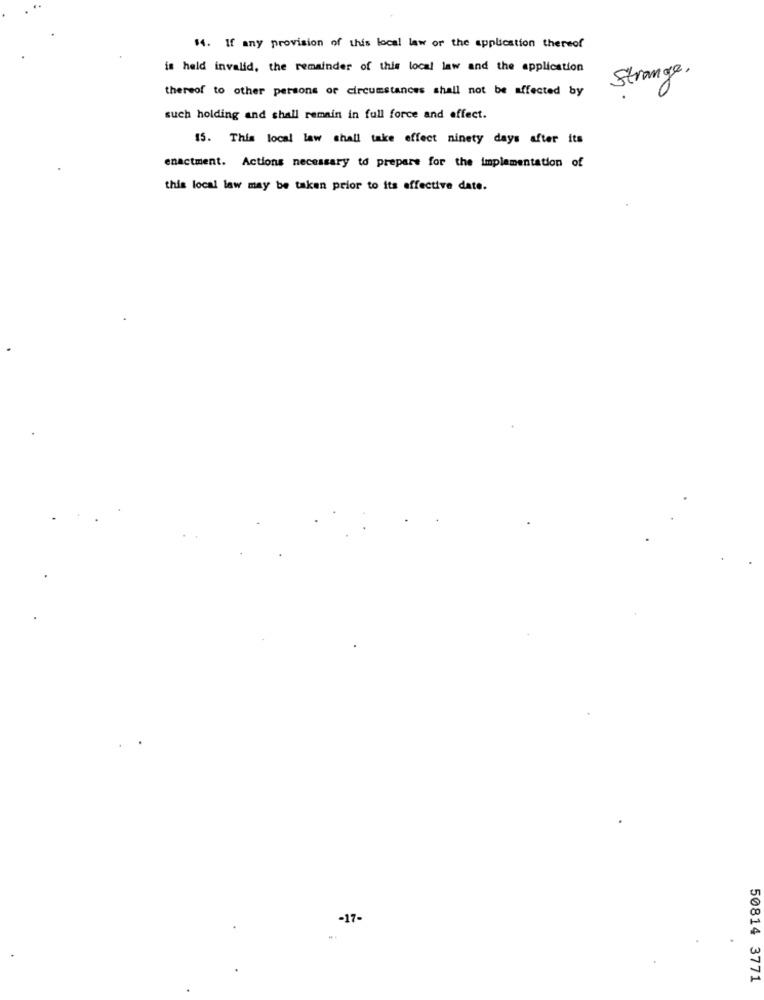
14. If any provision of this local law or the application thereof
is held invalid, the remainder of this local law and the application
Strange,
thereof to other persons or circumstances shall not be affected by
such holding and shall remain in full force and effect.
15. This local law shall take effect ninety days after its
enactment. Actions necessary to prepare for the implementation of
this local law may be taken prior to its effective date.
-17-
50814 3771